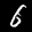
Label: 6